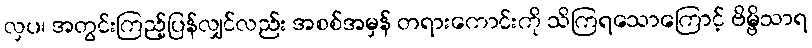
လှပ၊ အတွင်းကြည့်ပြန်လျှင်လည်း အစစ်အမှန် တရားကောင်းကို သိကြရသောကြောင့် ဗိမ္ဗိသာရ